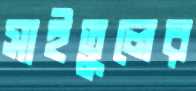
সাইতুলের